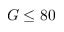
G \leq 8 0